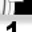
Digit: 1